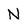
Character: N